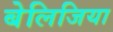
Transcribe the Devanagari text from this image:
बेलिजिया